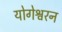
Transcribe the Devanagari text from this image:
योगेश्वरन